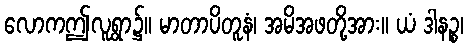
လောကဤလူရွာ၌။ မာတာပိတူနံ၊ အမိအဖတို့အား။ ယံ ဒါနဉ္စ၊